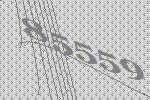
85559